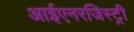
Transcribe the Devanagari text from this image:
आईएनरजिस्ट्री